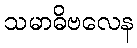
သမာဓိဗလေန